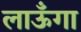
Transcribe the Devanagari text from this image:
लाऊँगा